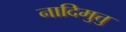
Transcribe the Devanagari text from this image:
नादिमुत्तु